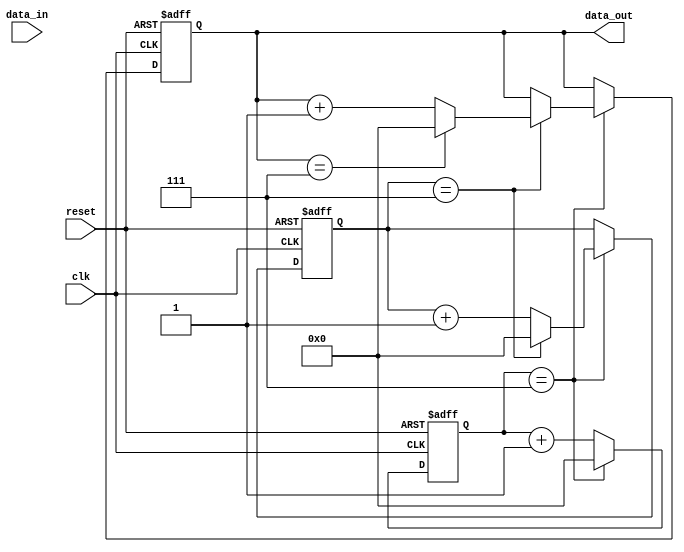
module nested_loop (
    input clk,
    input reset,
    input [N-1:0] data_in,
    output [N-1:0] data_out
);

parameter N = 8;

reg [N-1:0] idx_a, idx_b, idx_c;

always @(posedge clk or posedge reset) begin
    if (reset) begin
        idx_a <= 0;
        idx_b <= 0;
        idx_c <= 0;
    end else begin
        if (idx_a == N-1) begin
            idx_a <= 0;
            if (idx_b == N-1) begin
                idx_b <= 0;
                if (idx_c == N-1) begin
                    idx_c <= 0;
                end else begin
                    idx_c <= idx_c + 1;
                end
            end else begin
                idx_b <= idx_b + 1;
            end
        end else begin
            idx_a <= idx_a + 1;
        end
    end
end

assign data_out = {idx_a, idx_b, idx_c};

endmodule